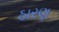
ઠારણ